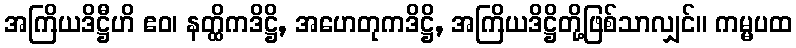
အကြိယဒိဋ္ဌီဟိ ဧဝ၊ နတ္ထိကဒိဋ္ဌိ, အဟေတုကဒိဋ္ဌိ, အကြိယဒိဋ္ဌိတို့ဖြစ်သာလျှင်။ ကမ္မပထ